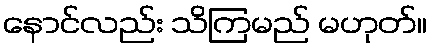
နောင်လည်း သိကြမည် မဟုတ်။